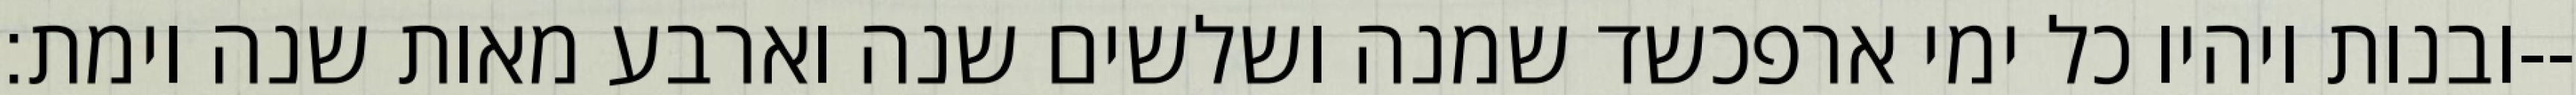
ובנות ויהיו כל ימי ארפכשד שמנה ושלשים שנה וארבע מאות שנה וימת׃--